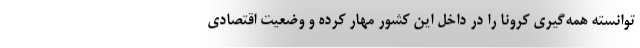
توانسته همه‌گیری کرونا را در داخل این کشور مهار کرده و وضعیت اقتصادی